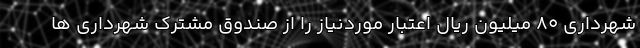
شهرداری 80 میلیون ریال اعتبار موردنیاز را از صندوق مشترک شهرداری ها